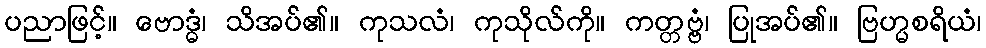
ပညာဖြင့်။ ဗောဒ္ဓံ၊ သိအပ်၏။ ကုသလံ၊ ကုသိုလ်ကို။ ကတ္တဗ္ဗံ၊ ပြုအပ်၏။ ဗြဟ္မစရိယံ၊